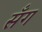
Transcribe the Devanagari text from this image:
सँग